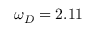
\omega _ { D } = 2 . 1 1